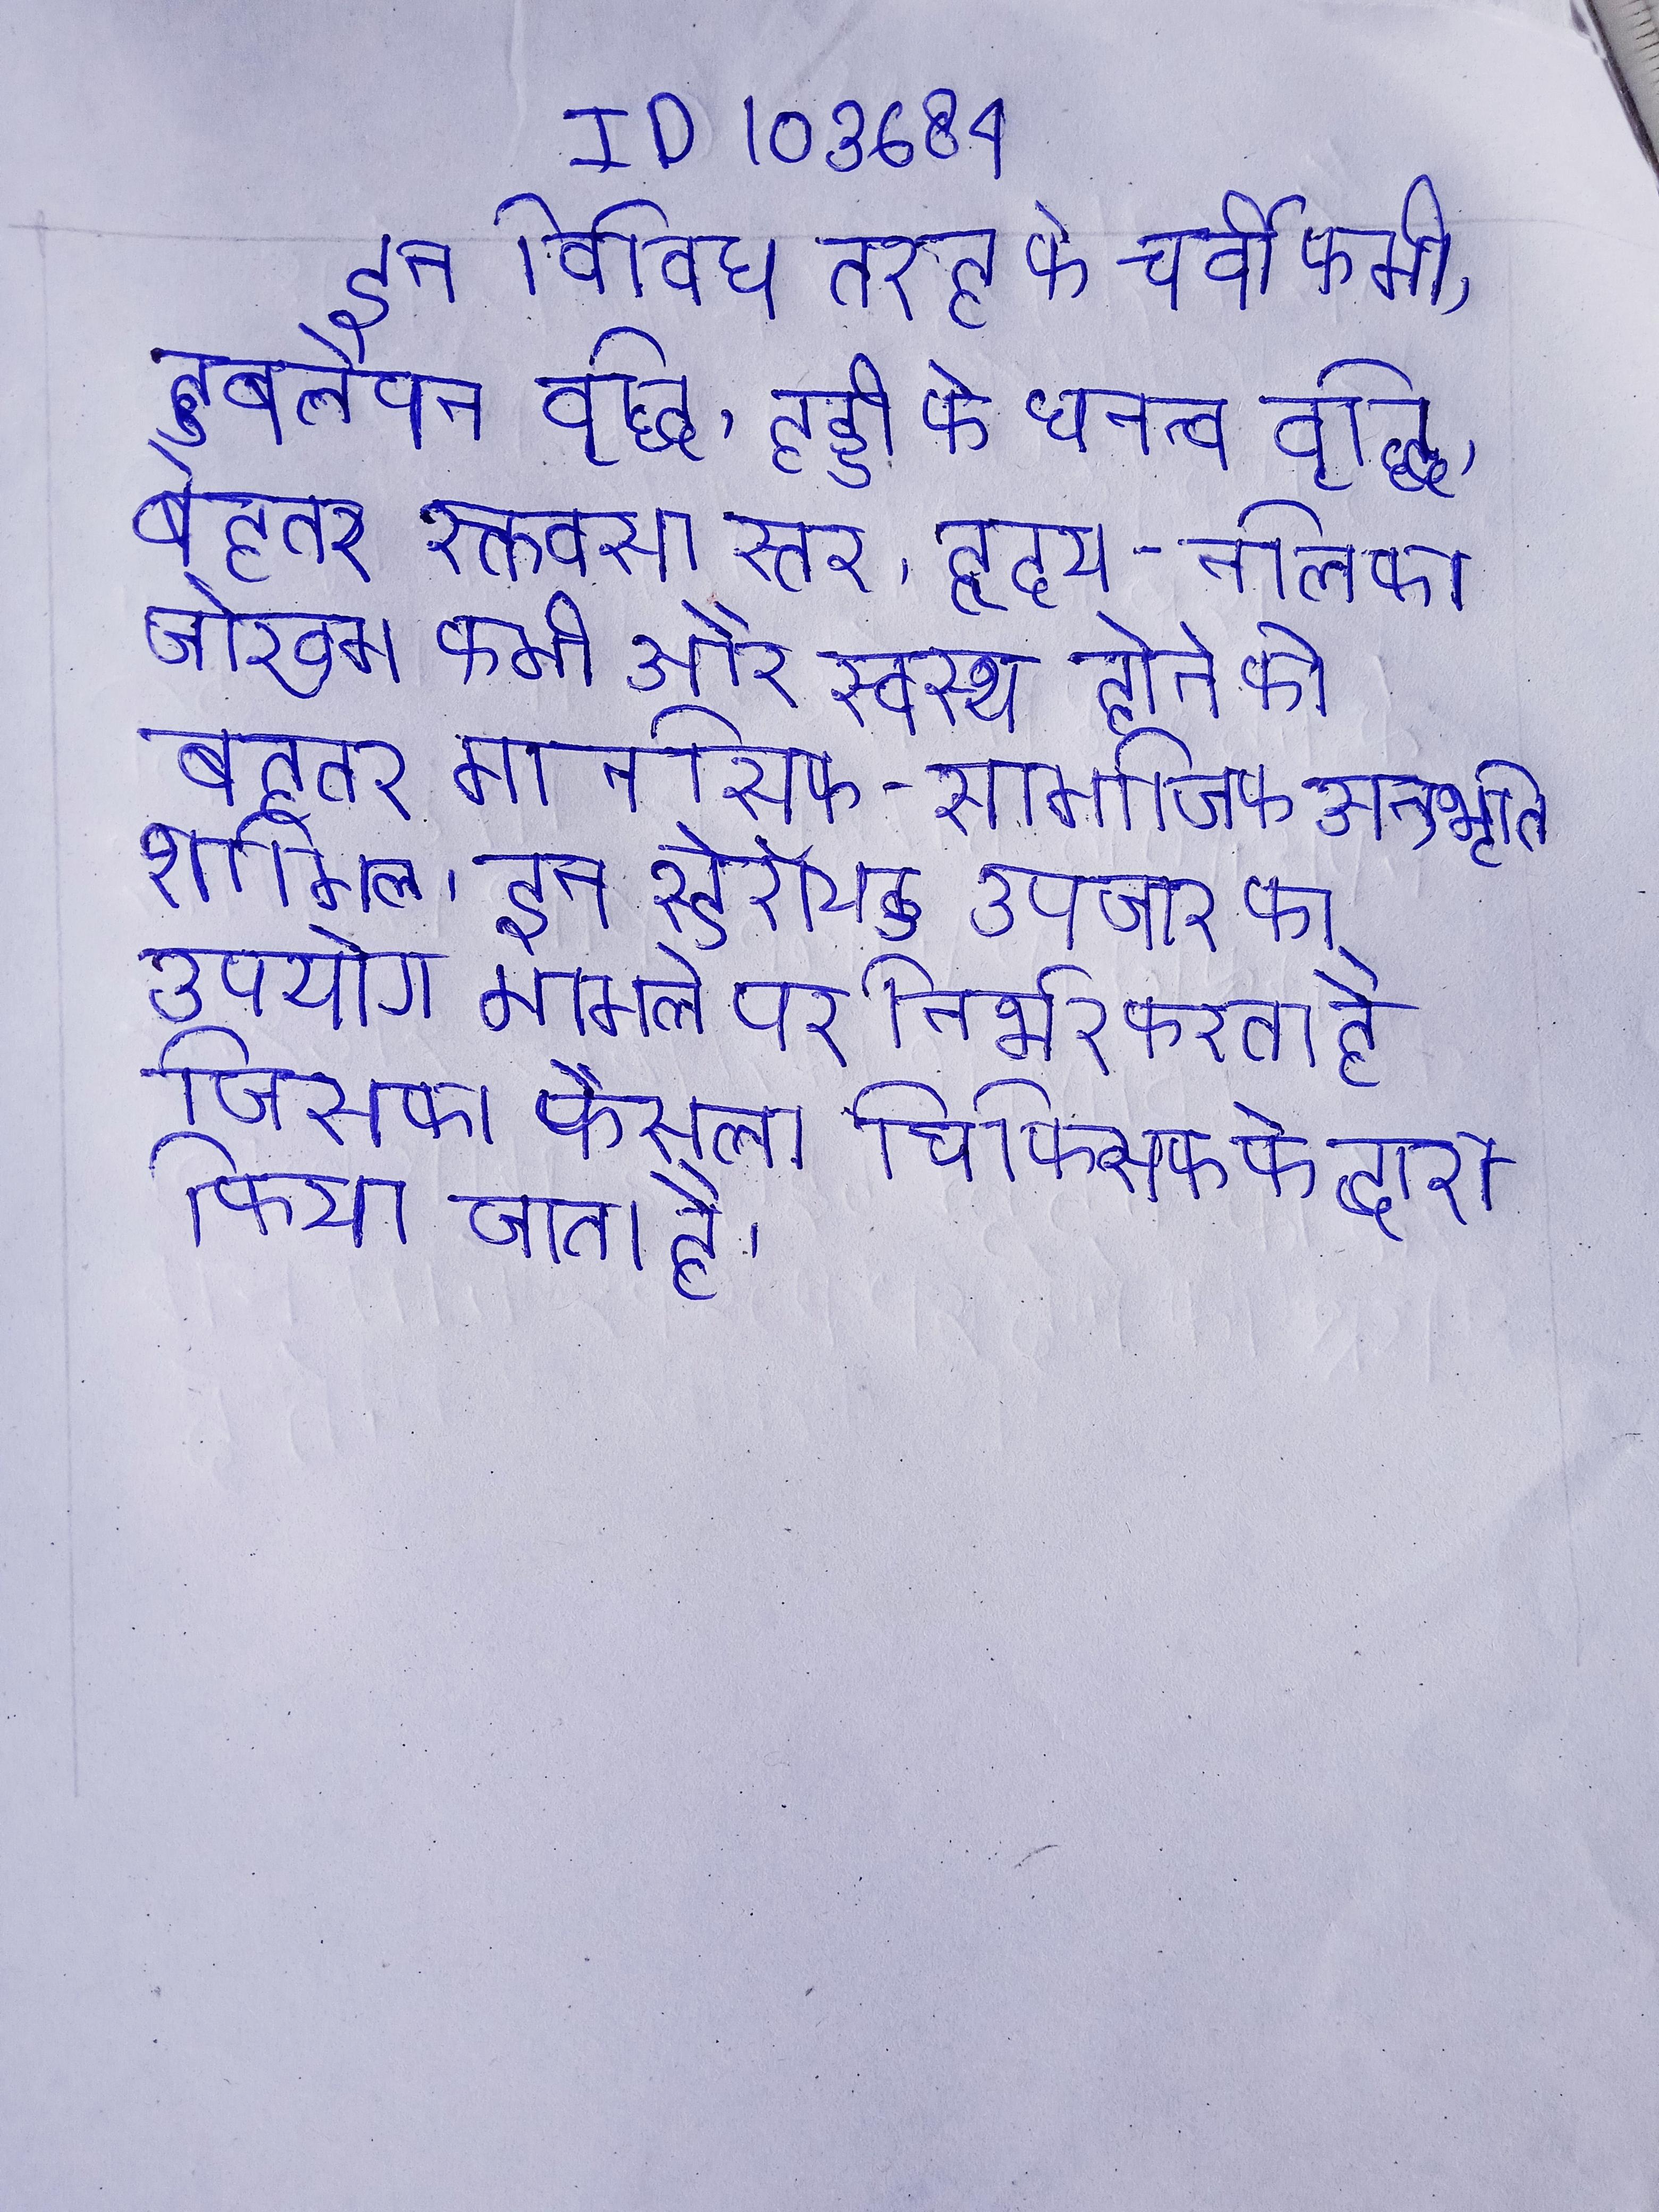
इन विविध तरह के चर्बी कमी, दुबलेपन वृद्धि, हड्डी के घनत्व वृद्धि, बेहतर रक्तवसा स्तर, हृदय-नलिका जोखम कमी और स्वस्थ होने की बेहतर मानसिक-सामाजिक अनुभूति शामिल । इन स्टेरॉयड उपचार का उपयोग मामले पर निर्भर करता है जिसका फैसला चिकित्सक के द्वारा किया जाता है ।